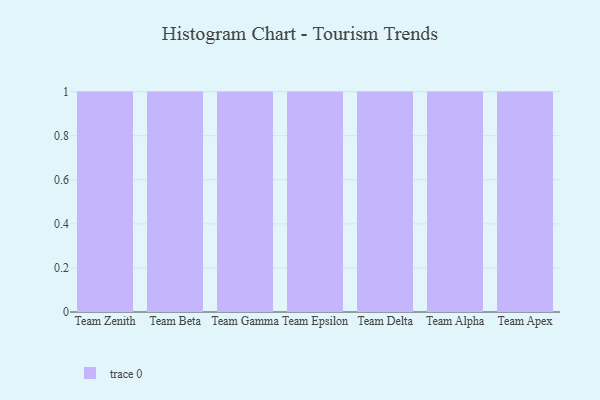
{"axis": {"x": "Team", "y": "Demand Index"}, "legend": [""], "data": [{"x": "Team Zenith", "y": 89, "type": ""}, {"x": "Team Beta", "y": 74, "type": ""}, {"x": "Team Gamma", "y": 91, "type": ""}, {"x": "Team Epsilon", "y": 56, "type": ""}, {"x": "Team Delta", "y": 59, "type": ""}, {"x": "Team Alpha", "y": 38, "type": ""}, {"x": "Team Apex", "y": 66, "type": ""}]}